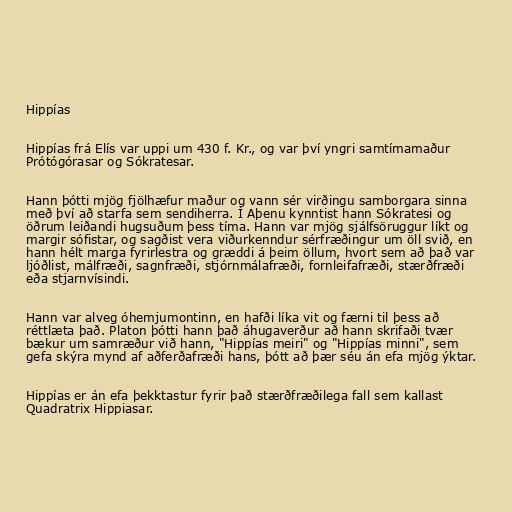
Hippías

Hippías frá Elís var uppi um 430 f. Kr., og var því yngri samtímamaður
Prótógórasar og Sókratesar.

Hann þótti mjög fjölhæfur maður og vann sér virðingu samborgara sinna
með því að starfa sem sendiherra. Í Aþenu kynntist hann Sókratesi og
öðrum leiðandi hugsuðum þess tíma. Hann var mjög sjálfsöruggur líkt og
margir sófistar, og sagðist vera viðurkenndur sérfræðingur um öll svið, en
hann hélt marga fyrirlestra og græddi á þeim öllum, hvort sem að það var
ljóðlist, málfræði, sagnfræði, stjórnmálafræði, fornleifafræði, stærðfræði
eða stjarnvísindi.

Hann var alveg óhemjumontinn, en hafði líka vit og færni til þess að
réttlæta það. Platon þótti hann það áhugaverður að hann skrifaði tvær
bækur um samræður við hann, "Hippías meiri" og "Hippías minni", sem
gefa skýra mynd af aðferðafræði hans, þótt að þær séu án efa mjög ýktar.

Hippías er án efa þekktastur fyrir það stærðfræðilega fall sem kallast
Quadratrix Hippiasar.